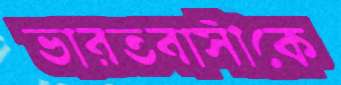
ভারতবাসীকে